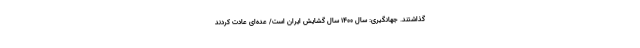
گذاشتند. جهانگیری: سال ۱۴۰۰ سال گشایش ایران است/ عده‌ای عادت کردند